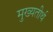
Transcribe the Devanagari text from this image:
मुख्यतीर्थ